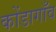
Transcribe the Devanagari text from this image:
कोंडागाँव